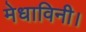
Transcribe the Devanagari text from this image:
मेधाविनी।